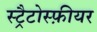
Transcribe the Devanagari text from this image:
स्ट्रैटोस्फ़ीयर